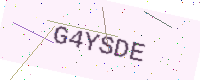
Text: G4YSDE